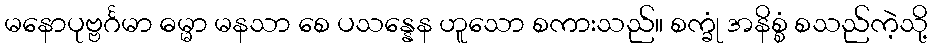
မနောပုဗ္ဗင်္ဂမာ ဓမ္မာ မနသာ စေ ပသန္နေန ဟူသော စကားသည်။ စက္ခုံ အနိစ္စံ စသည်ကဲ့သို့